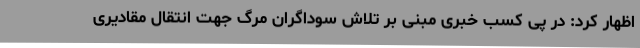
اظهار کرد: در پی کسب خبری مبنی بر تلاش سوداگران مرگ جهت انتقال مقادیری